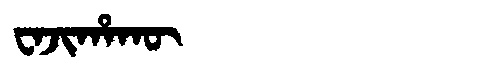
Manchu: ᠸᠠᠵᡳᡥᠠᡴᡡ
Romanization: WAJIHAKŪ